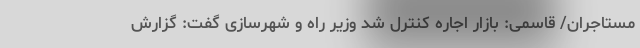
مستاجران/ قاسمی: بازار اجاره کنترل شد وزیر راه و شهرسازی گفت: گزارش